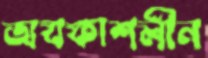
অবকাশলীন